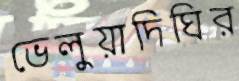
ভেলুয়াদিঘির